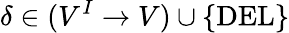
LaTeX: \delta\in(V^{I}\rightarrow V)\cup\{ \mathrm{DEL}\}